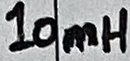
Text: 10mH